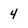
Character: 4